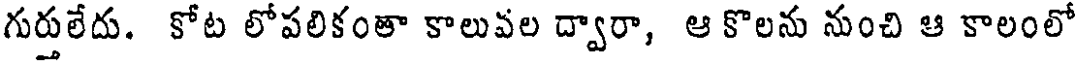
గుర్తులేదు. కోట లోపలికంతా కాలువల ద్వారా, ఆ కొలను నుంచి ఆ కాలంలో